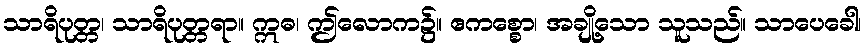
သာရိပုတ္တ၊ သာရိပုတ္တရာ။ ဣဓ၊ ဤလောက၌။ ဧကစ္စော၊ အချို့သော သူသည်။ သာပေခေါ၊